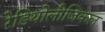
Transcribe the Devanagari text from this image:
रेडियोलीजिकल